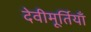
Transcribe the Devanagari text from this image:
देवीमूर्तियाँ